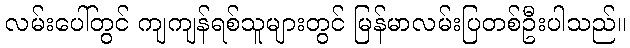
လမ်းပေါ်တွင် ကျကျန်ရစ်သူများတွင် မြန်မာလမ်းပြတစ်ဦးပါသည်။